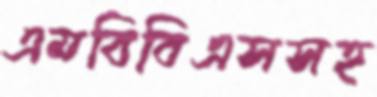
এমবিবিএসসহ